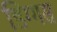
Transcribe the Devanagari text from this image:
डिग्गस